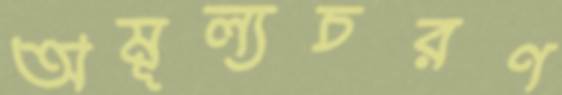
অমূল্যচরণ